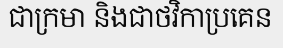
ជាក្រមា និងជាថវិកាប្រគេន